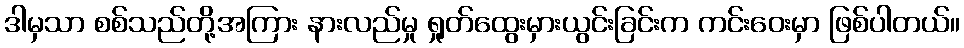
ဒါမှသာ စစ်သည်တို့အကြား နားလည်မှု ရှုတ်ထွေးမှားယွင်းခြင်းက ကင်းဝေးမှာ ဖြစ်ပါတယ်။